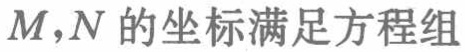
$M,N$的坐标满足方程组